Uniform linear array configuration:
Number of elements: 8
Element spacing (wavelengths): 0.75
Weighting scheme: cosine
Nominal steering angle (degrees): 45
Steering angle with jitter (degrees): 43.31
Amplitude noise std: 0.05
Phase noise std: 0.05

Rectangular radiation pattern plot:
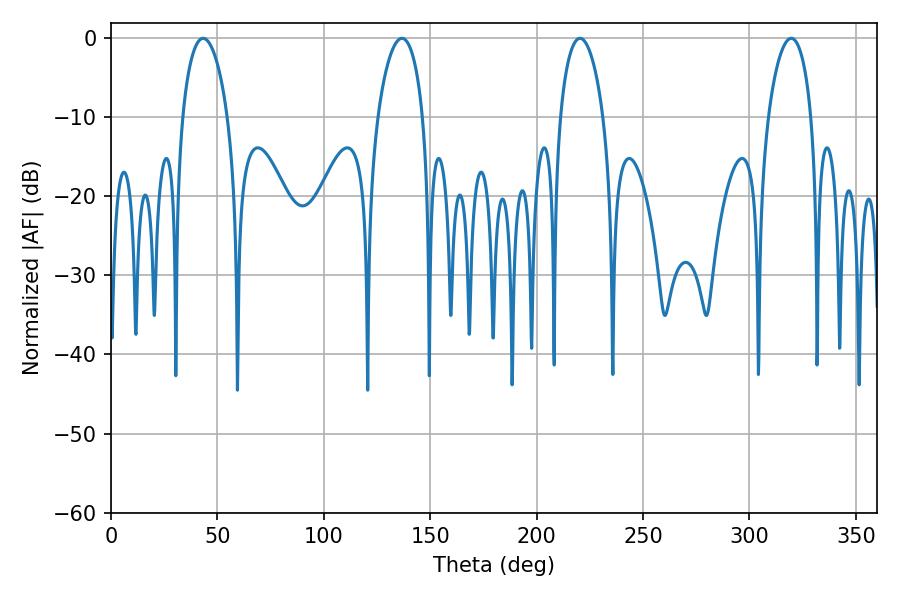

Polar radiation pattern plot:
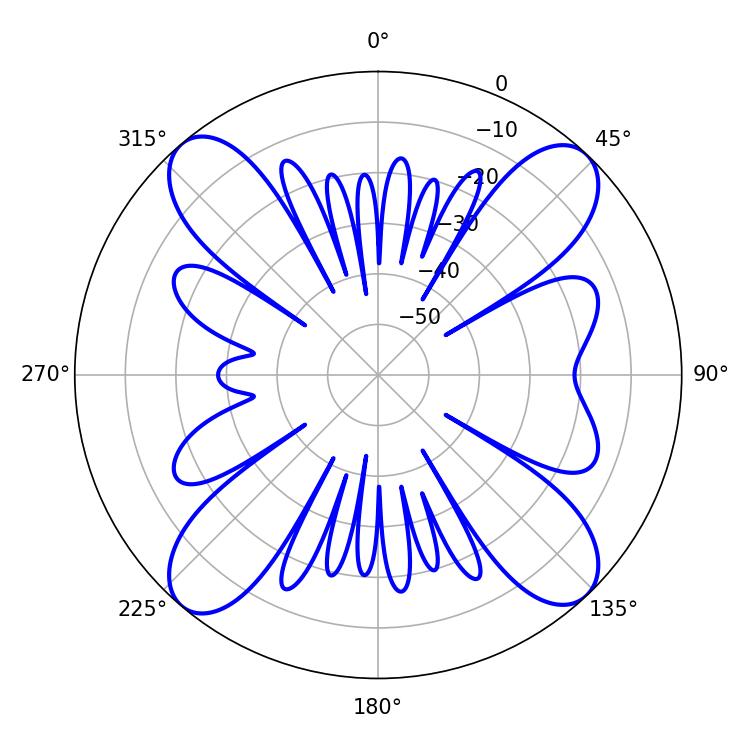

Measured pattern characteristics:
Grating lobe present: TRUE
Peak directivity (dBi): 16.91
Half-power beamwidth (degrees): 11.52
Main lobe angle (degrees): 220.32